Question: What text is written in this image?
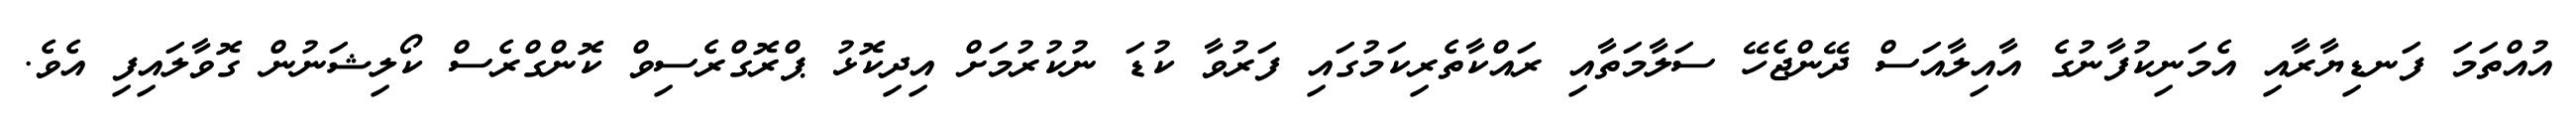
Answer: އުއްތަމަ ފަނޑިޔާރާއި އެމަނިކުފާނުގެ އާއިލާއަސް ދޭންޖެހޭ ސަލާމަތާއި ރައްކާތެރިކަމުގައި ފަރުވާ ކުޑަ ނުކުރުމަށް އިދިކޮޅު ޕްރޮގްރެސިވް ކޮންގްރެސް ކޯލިޝަނުން ގޮވާލައިފި އެވެ.